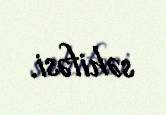
səhifəsi.